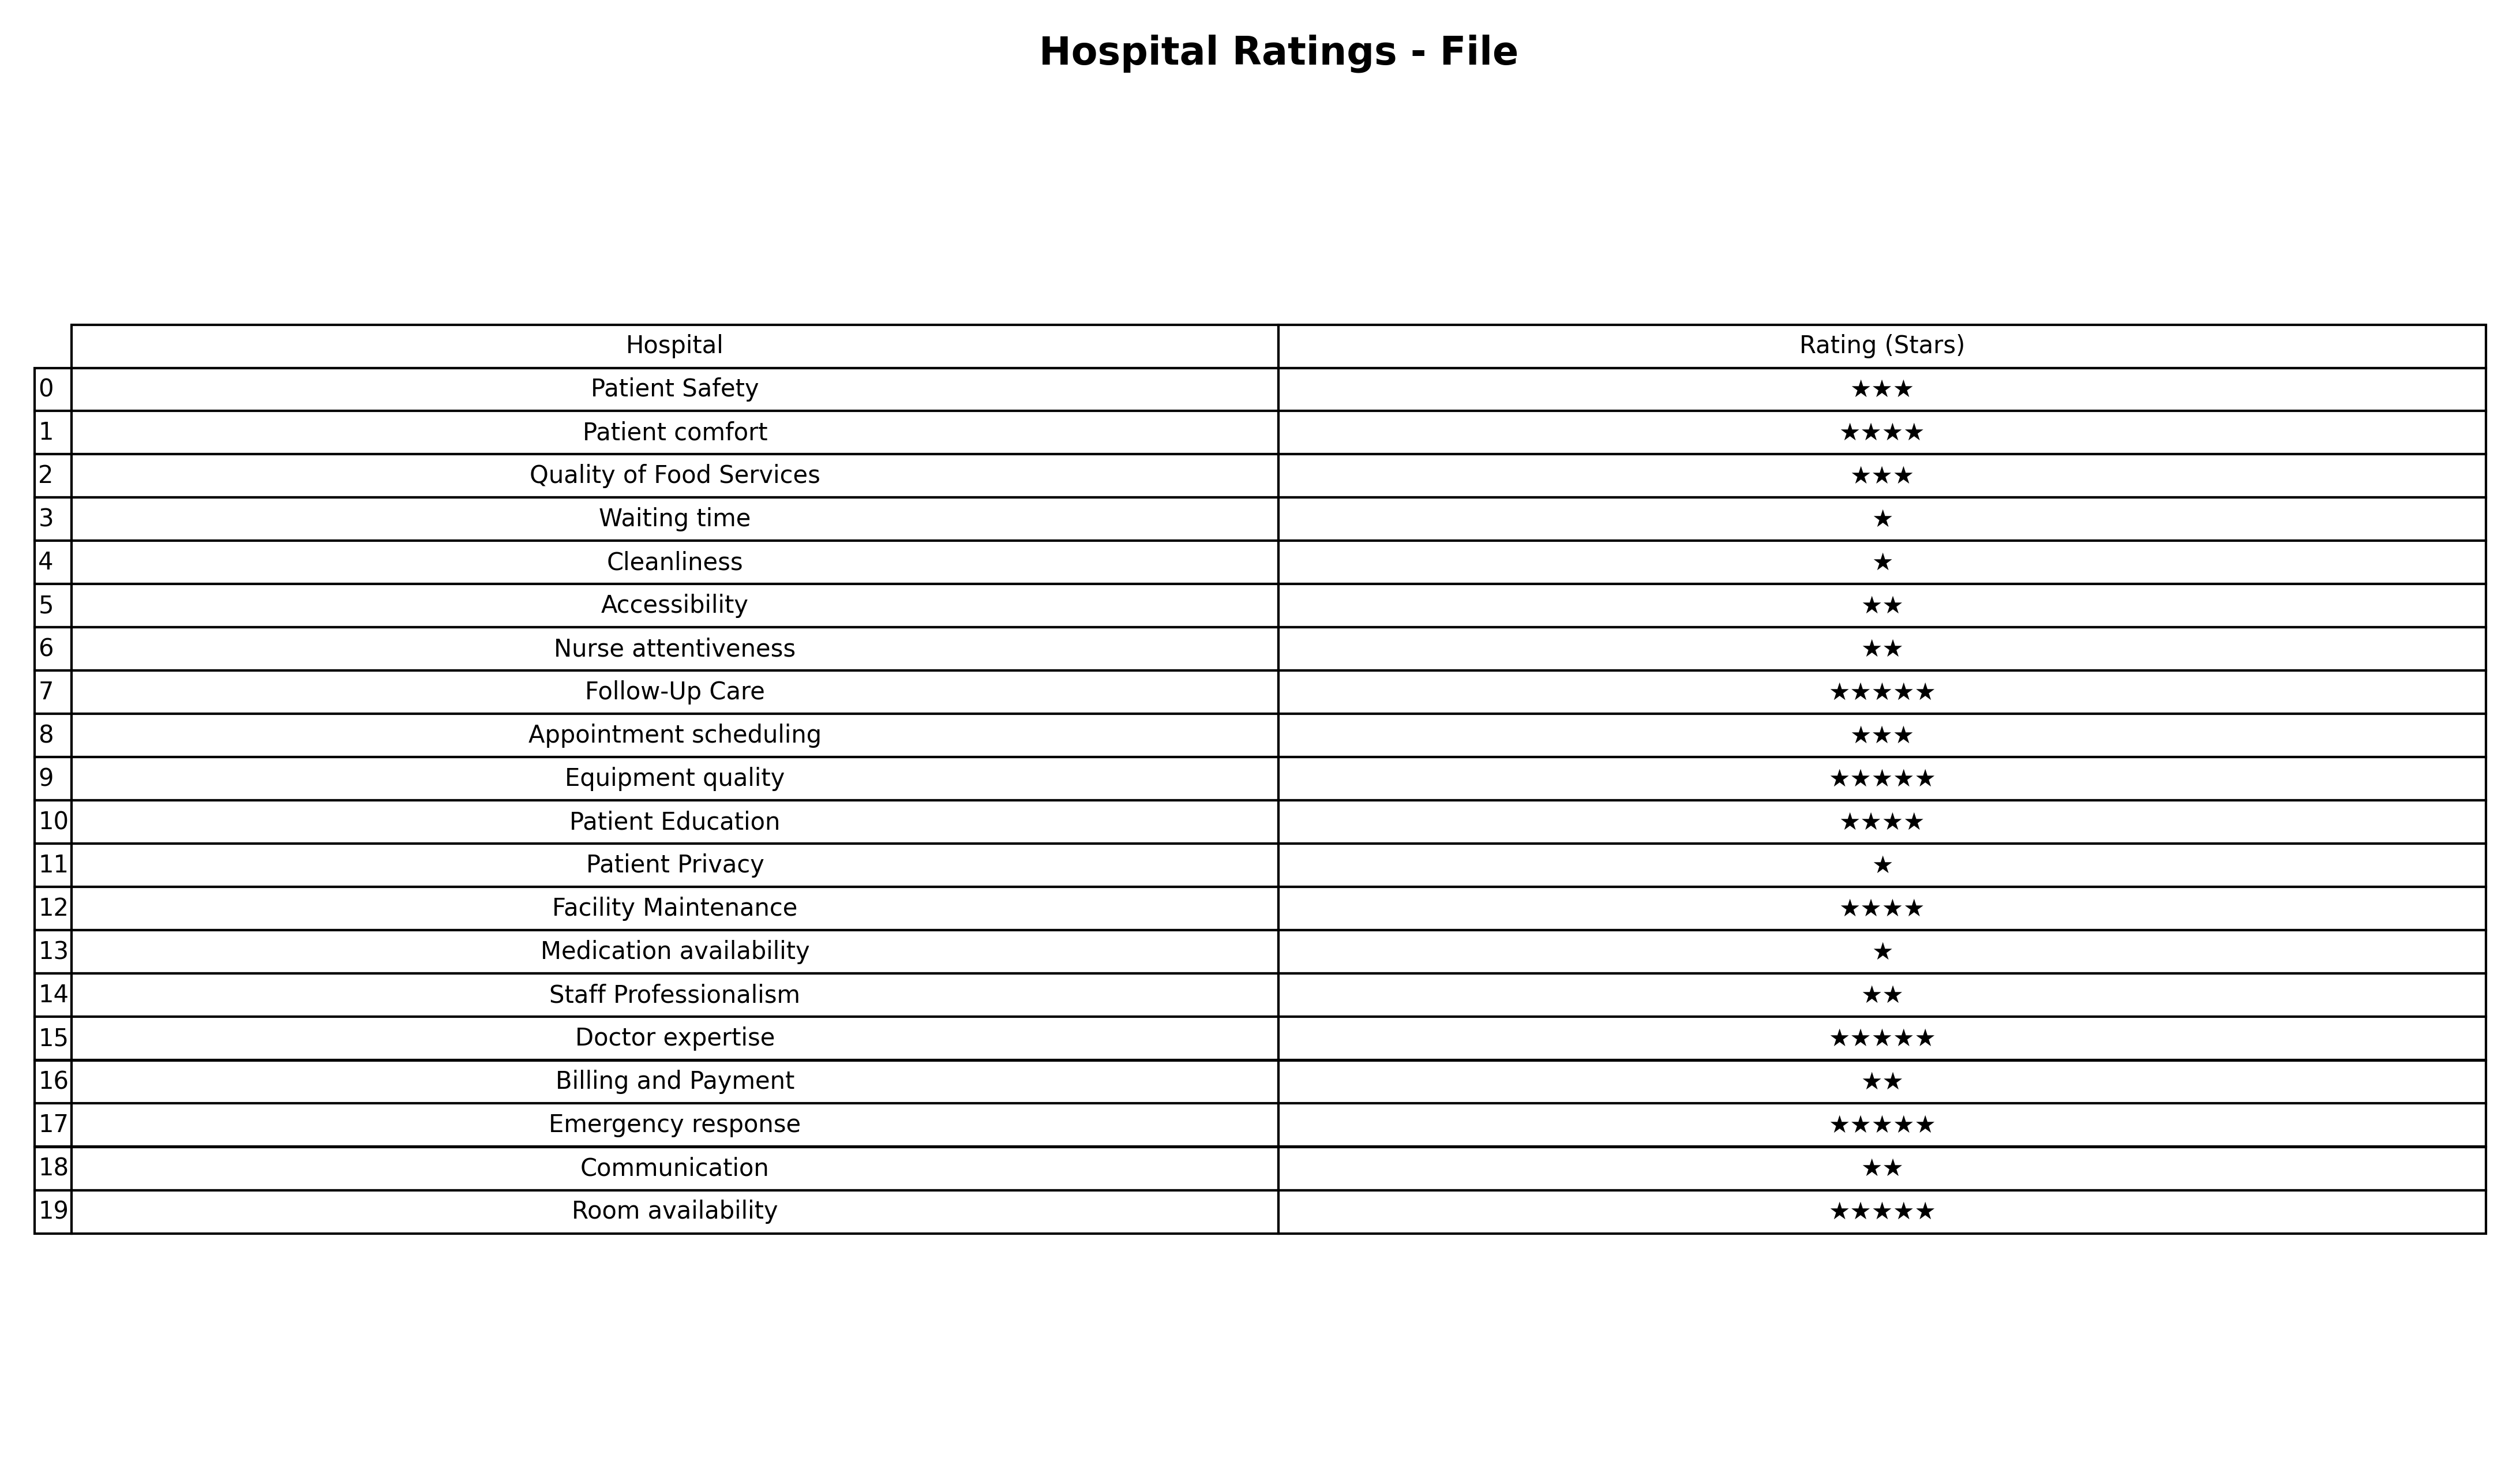
question: What are three star services?
answer: Patient SafetyQuality of Food ServicesAppointment scheduling